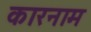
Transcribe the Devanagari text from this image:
कारनाम